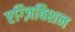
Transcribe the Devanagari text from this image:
एग्ज़िबिशन